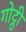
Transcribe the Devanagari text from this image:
गोट्ठी